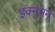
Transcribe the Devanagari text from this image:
इक्नुमन